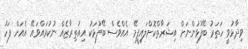
ވިދާޅުވީ ހަތަރު ބޭފުޅުންނަށް އިޝަރާތްކޮށްލައިފީމޭ އެއްވެސް ބޭފުޅަކު އިއުތިރާޒެއް ނުކުރައްވައޭ އެއަށް ފަހު